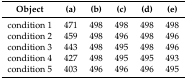
| Object | (a) | (b) | (c) | (d) | (e) |
 | --- | --- | --- | --- | --- | --- |
 | condition 1 | 471 | 498 | 498 | 498 | 498 |
 | condition 2 | 459 | 498 | 496 | 498 | 496 |
 | condition 3 | 443 | 498 | 495 | 498 | 496 |
 | condition 4 | 427 | 498 | 495 | 495 | 493 |
 | condition 5 | 403 | 496 | 496 | 496 | 495 |